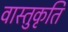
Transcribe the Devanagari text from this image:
वास्तुकृति